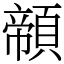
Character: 䫕